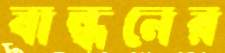
বান্ধনের